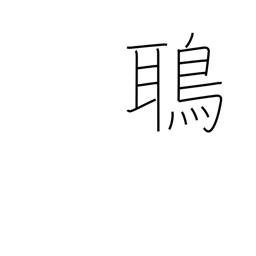
Meaning: kite (bird)